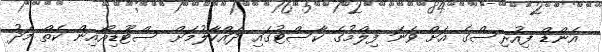
އެންޑް ފިއުރިސްގެ އަށް ވަނަ ފިލްމުގެ ކާސްޓުގައި ދައްކާލުމަށް ސްޓޫޑިއޯއިން ކެތް މަދު